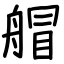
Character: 艒